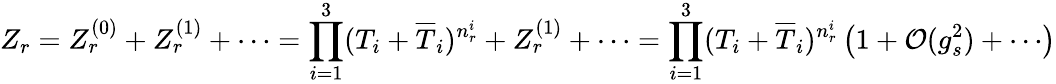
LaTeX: Z_{r}=Z_{r}^{(0)}+Z_{r}^{(1)}+\cdots=\prod_{i=1}^{3}(T_{i}+\overline{{T}}_{i})^{n_{r}^{i}}+Z_{r}^{(1)}+\cdots=\prod_{i=1}^{3}(T_{i}+\overline{{T}}_{i})^{n_{r}^{i}}\left(1+{\cal O}(g_{s}^{2})+\cdots\right)